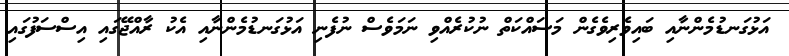
އަޅުގަނޑުމެންނާއި ބައިވެރިވެގެން މަސައްކަތް ނުކުރެއްވި ނަމަވެސް ނުފެނި އަޅުގަނޑުމެންނާއި އެކު ރާއްޖޭގައި އިސްސަފުގައި